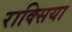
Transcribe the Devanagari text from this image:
राक्सिया